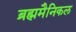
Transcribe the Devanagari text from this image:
ब्रह्ममैनिकल